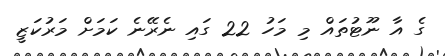
ގެ އާ ނޫޓުތައް މި މަހު 22 ގައި ނެރޭނެ ކަމަށް މަރުކަޒީ